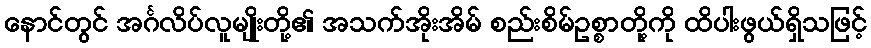
နောင်တွင် အင်္ဂလိပ်လူမျိုးတို့၏ အသက်အိုးအိမ် စည်းစိမ်ဥစ္စာတို့ကို ထိပါးဖွယ်ရှိသဖြင့်